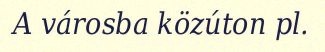
A városba közúton pl.